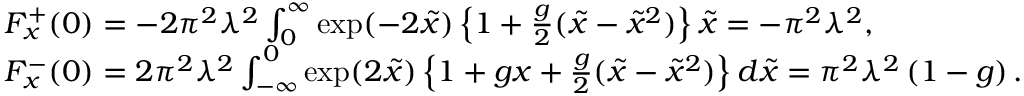
\begin{array} { r l } & { F _ { x } ^ { + } ( 0 ) = - 2 \pi ^ { 2 } \lambda ^ { 2 } \int _ { 0 } ^ { \infty } \exp ( - 2 \tilde { x } ) \left\{ 1 + \frac { g } { 2 } ( \tilde { x } - \tilde { x } ^ { 2 } ) \right\} \tilde { x } = - \pi ^ { 2 } \lambda ^ { 2 } , } \\ & { F _ { x } ^ { - } ( 0 ) = 2 \pi ^ { 2 } \lambda ^ { 2 } \int _ { - \infty } ^ { 0 } \exp ( 2 \tilde { x } ) \left\{ 1 + g x + \frac { g } { 2 } ( \tilde { x } - \tilde { x } ^ { 2 } ) \right\} d \tilde { x } = \pi ^ { 2 } \lambda ^ { 2 } \left( 1 - g \right) . } \end{array}